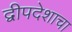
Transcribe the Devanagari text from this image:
द्वीपदेशाचा